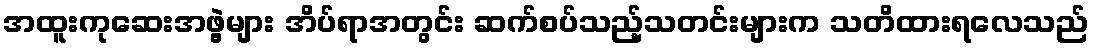
အထူးကုဆေးအဖွဲ့များ အိပ်ရာအတွင်း ဆက်စပ်သည့်သတင်းများက သတိထားရလေသည်